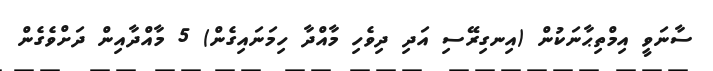
ސާނަވީ އިމްތިޙާނަކުން (އިނގިރޭސި އަދި ދިވެހި މާއްދާ ހިމަނައިގެން) 5 މާއްދާއިން ދަށްވެގެން